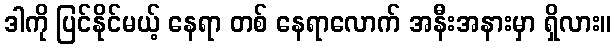
ဒါကို ပြင်နိုင်မယ့် နေရာ တစ် နေရာလောက် အနီးအနားမှာ ရှိလား။